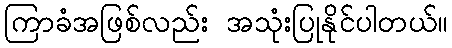
ကြာခံအဖြစ်လည်း အသုံးပြုနိုင်ပါတယ်။